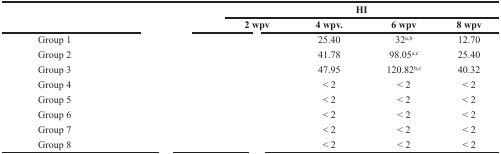
<table><thead><tr><td rowspan="2">[EMPTY_CELL]</td><td rowspan="2">[EMPTY_CELL]</td><td colspan="4"><b>HI</b></td></tr><tr><td><b>2 wpv</b></td><td><b>4 wpv.</b></td><td><b>6 wpv</b></td><td><b>8 wpv</b></td></tr></thead><tbody><tr><td>Group 1</td><td>[EMPTY_CELL]</td><td>[EMPTY_CELL]</td><td>25.40</td><td>32<sup>a,b</sup></td><td>12.70</td></tr><tr><td>Group 2</td><td>[EMPTY_CELL]</td><td>[EMPTY_CELL]</td><td>41.78</td><td>98.05<sup>a,c</sup></td><td>25.40</td></tr><tr><td>Group 3</td><td>[EMPTY_CELL]</td><td>[EMPTY_CELL]</td><td>47.95</td><td>120.82<sup>b,c</sup></td><td>40.32</td></tr><tr><td>Group 4</td><td>[EMPTY_CELL]</td><td>[EMPTY_CELL]</td><td>&lt; 2</td><td>&lt; 2</td><td>&lt; 2</td></tr><tr><td>Group 5</td><td>[EMPTY_CELL]</td><td>[EMPTY_CELL]</td><td>&lt; 2</td><td>&lt; 2</td><td>&lt; 2</td></tr><tr><td>Group 6</td><td>[EMPTY_CELL]</td><td>[EMPTY_CELL]</td><td>&lt; 2</td><td>&lt; 2</td><td>&lt; 2</td></tr><tr><td>Group 7</td><td>[EMPTY_CELL]</td><td>[EMPTY_CELL]</td><td>&lt; 2</td><td>&lt; 2</td><td>&lt; 2</td></tr><tr><td>Group 8</td><td>[EMPTY_CELL]</td><td>[EMPTY_CELL]</td><td>&lt; 2</td><td>&lt; 2</td><td>&lt; 2</td></tr></tbody></table>